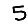
Digit: 5